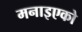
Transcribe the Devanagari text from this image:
मनाइएको